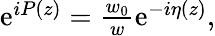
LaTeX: \begin{array}{r}{\mathrm{e}^{iP(z)}=\frac{w_{0}}{w}\mathrm{e}^{-i\eta(z)},}\end{array}